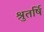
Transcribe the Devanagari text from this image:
श्रुतर्षि